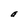
Character: a